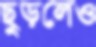
ছুড়লেও